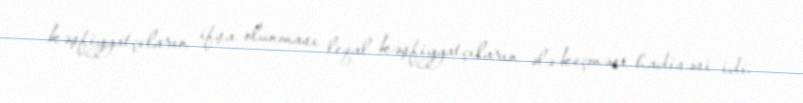
kəşfiyyatçıların ifşa olunması leqal kəşfiyyatçıların ələ keçməsi hadisəsi idi.